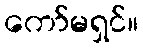
ကော်မရှင်။